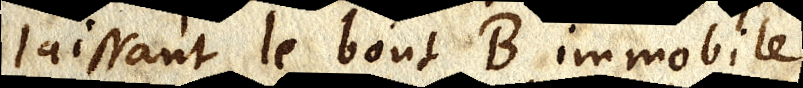
laissant le bout B immobile